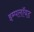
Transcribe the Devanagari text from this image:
इम्पलॉयड